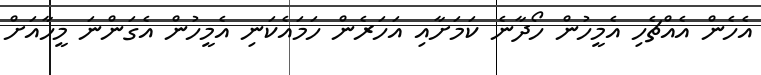
އެހެން އެއްޗެހި އެމީހުން ހޯދާނެ ކަމަށާއި އަހަރެން ހަމައެކަނި އެމީހުން އެގަންނަ މީހާއަށް